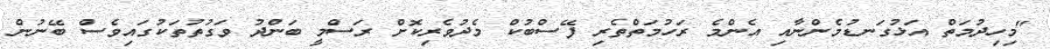
"މިހިދުމަތް އަޅުގަނޑުމެންނާއި އެންމެ ރަހުމަތްތެރި ފޭސްބުކް މެދުވެރިކޮށް ރަސްމީ ބަންދު ވަގުތުތަކުގައިވެސް ބޭނުން